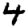
Digit: 4